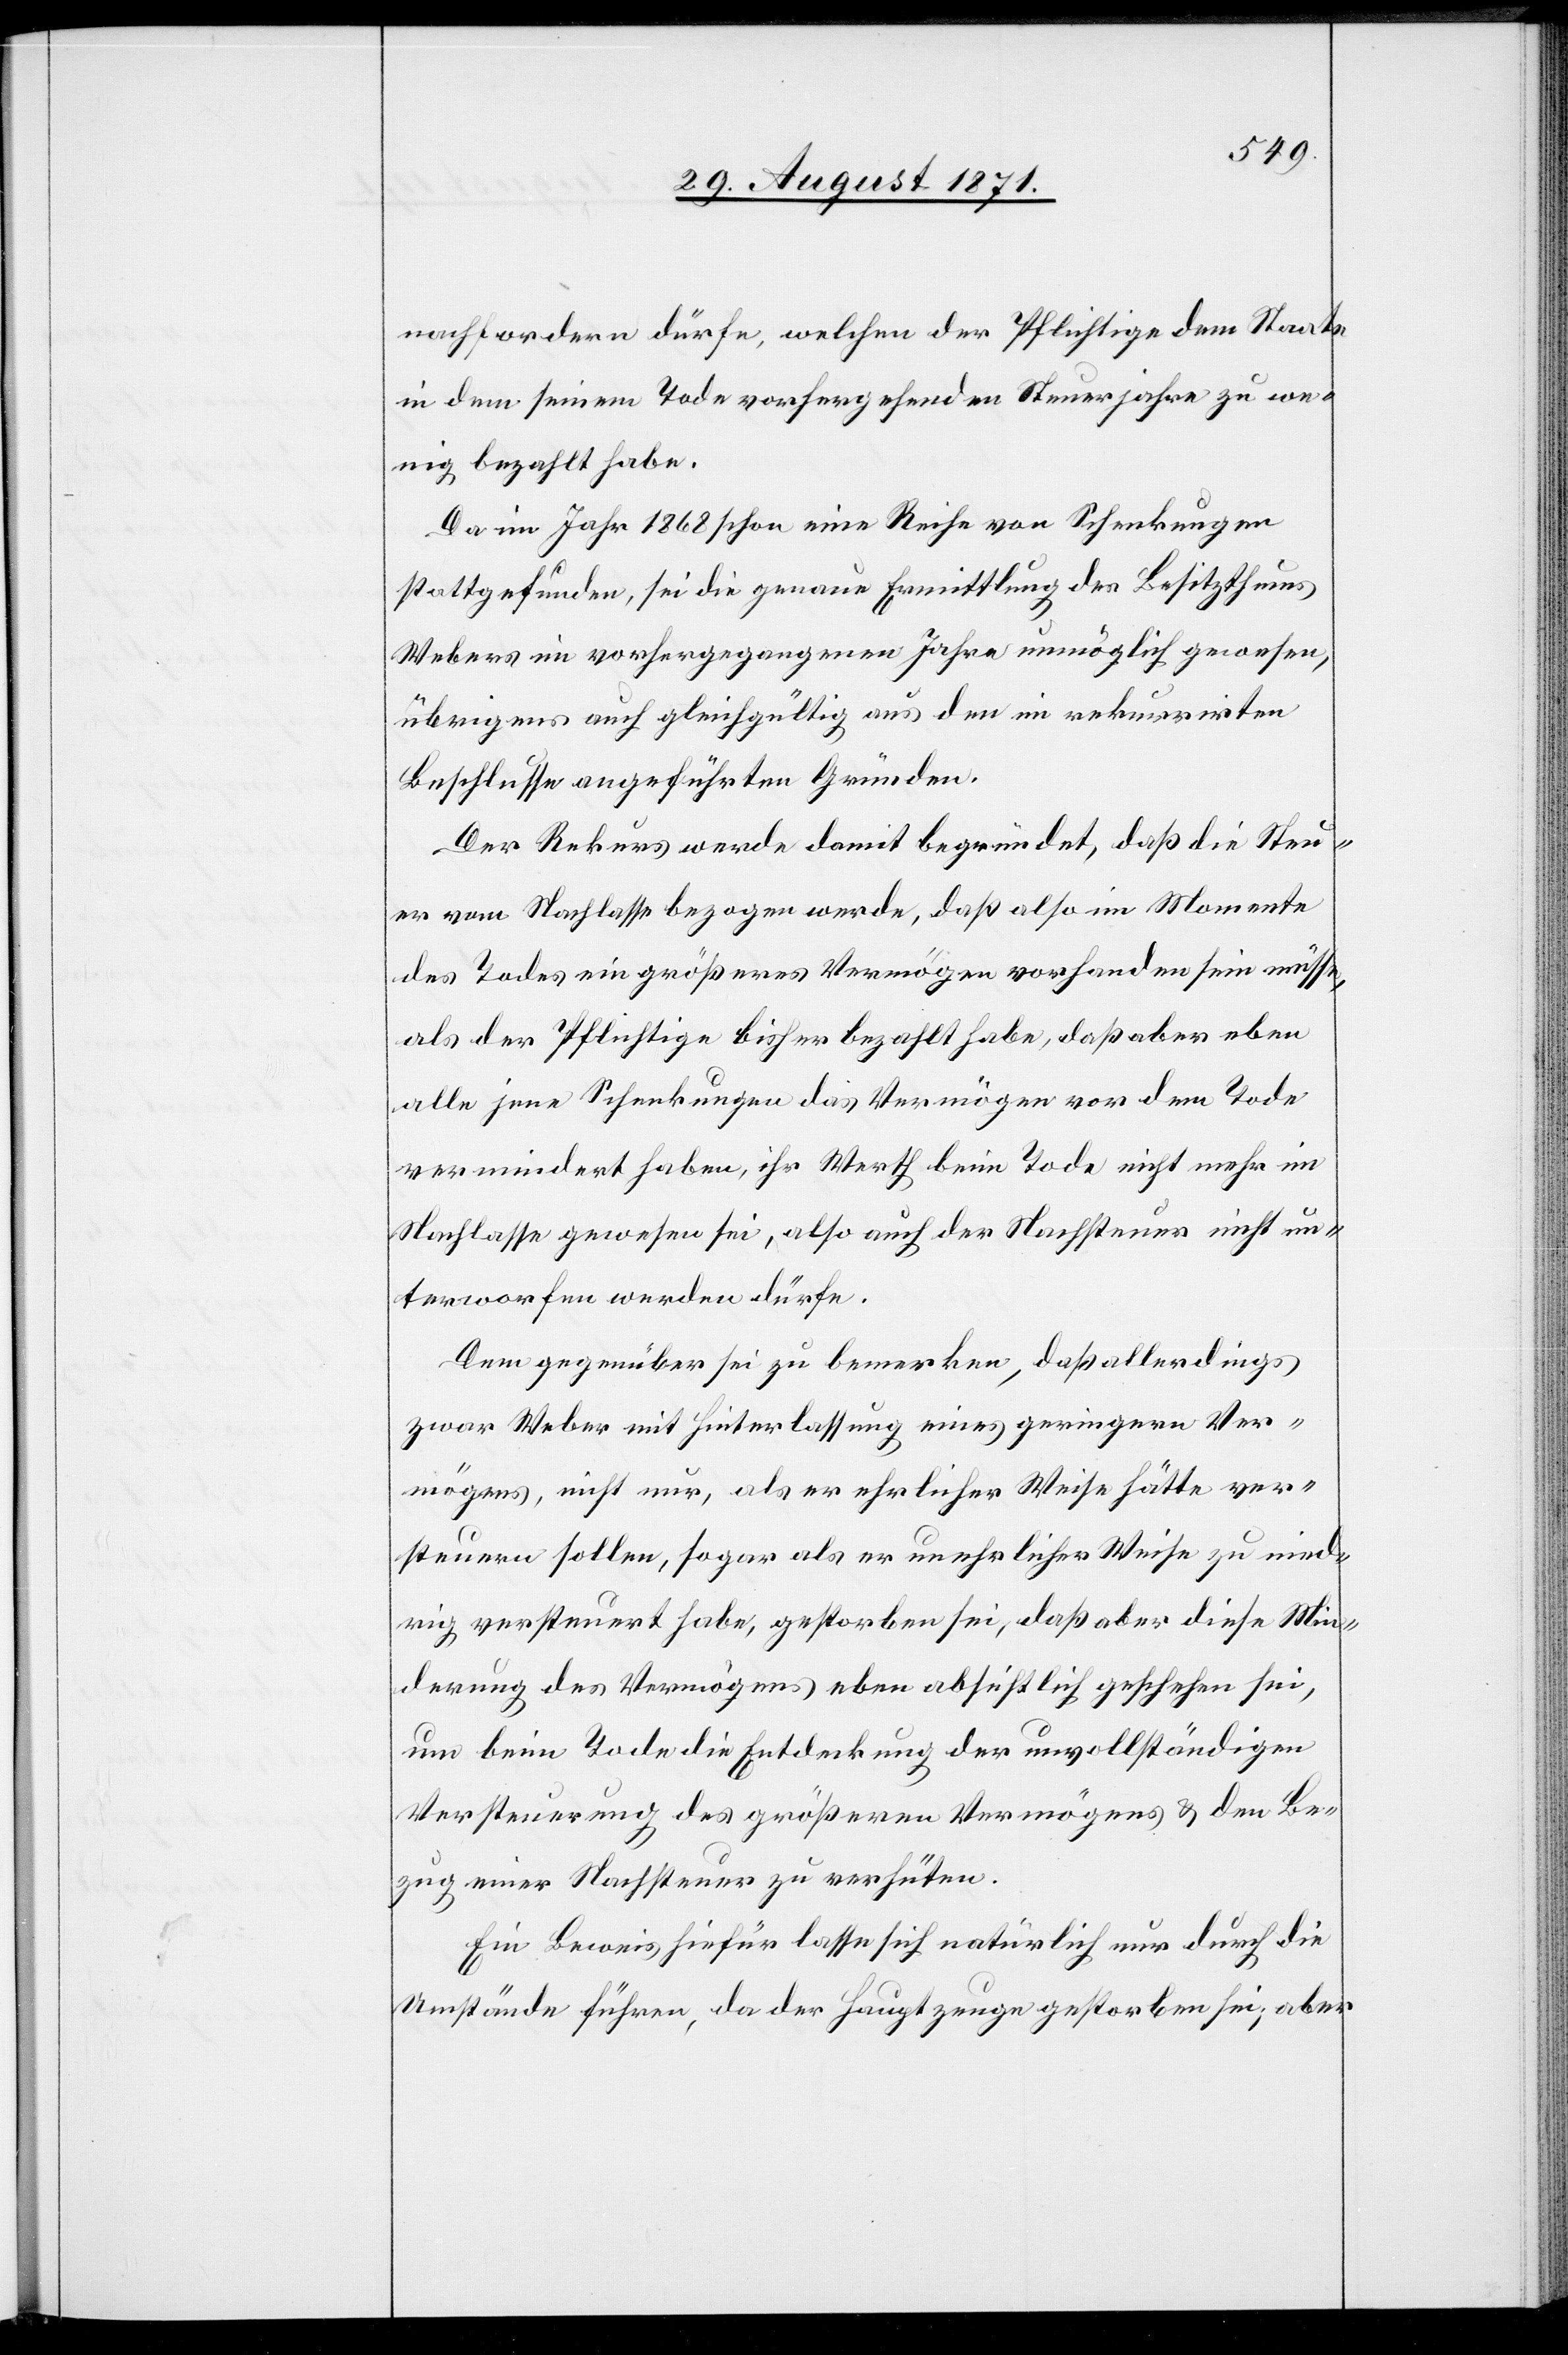
nachfordern dürfe, welchen der Pflichtige dem Staate
in dem seinem Tode vorhergehenden Steuerjahre zu we¬
nig bezahlt habe.
Da im Jahr 1868 schon eine Reihe von Schenkungen
stattgefunden, sei die genaue Ermittlung des Besitzthums
Webers im vorhergegangenen Jahre unmöglich gewesen,
übrigens auch gleichgültig aus den im rekurrirten
Beschlusse angeführten Gründen.
Der Rekurs werde damit begründet, daß die Steu¬
er vom Nachlass bezogen werde, daß also im Momente
des Todes ein größeres Vermögen vorhanden sein müsse,
als der Pflichtige bisher bezahlt habe, daß aber eben
alle jene Schenkungen das Vermögen vor dem Tode
vermindert haben, ihr Werth beim Tode nicht mehr im
Nachlasse gewesen sei, also auch der Nachsteuer nicht un¬
terworfen werden dürfe.
Dem gegenüber sei zu bemerken, daß allerdings
zwar Weber mit Hinterlassung eines geringern Ver¬
mögens, nicht nur, als er ehrliche Weise hätte ver¬
steuern sollen sogar als er unehrlicher Weise zu nied¬
rig versteuert habe, gestorben sei, daß aber diese Min¬
derung des Vermögens eben absichtlich geschehen sei,
um beim Tode die Entdeckung der unvollständigen
Versteuerung des größeren Vermögens & den Be¬
zug einer Nachsteuer zu verhüten.
Ein Beweis hirfür lasse sich natürlich nur durch die
Umstände führen, da der Hauptzeuge gestorben sei; aber